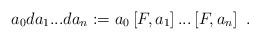
LaTeX: \begin{align*}a_{0}da_{1}...da_{n}:=a_{0}\left[ F,a_{1}\right] ...\left[ F,a_{n}\right] ~.\end{align*}